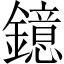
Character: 鐿